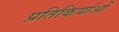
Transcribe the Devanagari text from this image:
प्रतिकिर्याओं